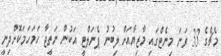
މެޗްގެ 33 ވަނަ މިނެޓްގައި މާޒިޔާއަށް ލިބުނު ޕެނަލްޓީ އަކުން ނަތީޖާ ހަމަހަމަކޮށްދިނީ